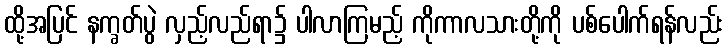
ထို့အပြင် နက္ခတ်ပွဲ လှည့်လည်ရာ၌ ပါလာကြမည့် ကိုကာလသားတို့ကို ပစ်ပေါက်ရန်လည်း